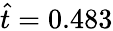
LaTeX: \hat{t}=0.483